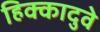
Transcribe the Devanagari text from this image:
हिक्कादुवे